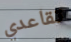
تقاعدي